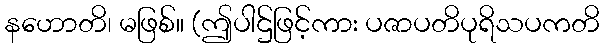
နဟောတိ၊ မဖြစ်။ (ဤပါဌ်ဖြင့်ကား ပဇာပတိပုရိသပကတိ